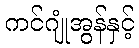
ကင်ဂျုံအွန်နှင့်